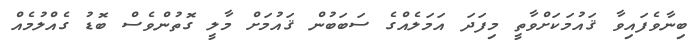
ބިނާވެފައިވާ ޤައުމަކަށްވާތީ މިފަދަ އަމަލެއްގެ ސަބަބުން ޤައުމަށް މާލީ ގޮތުންވެސް ބޮޑު ގެއްލުމެއް